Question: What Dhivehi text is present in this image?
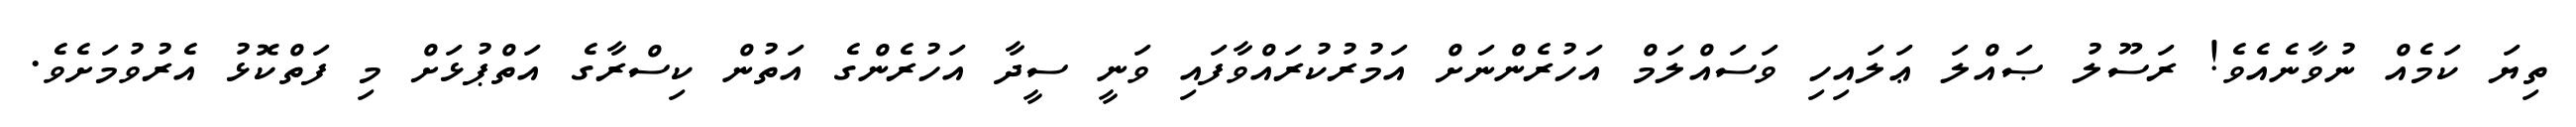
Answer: ތިޔަ ކަމެއް ނުވާނެއެވެ! ރަސޫލު ޞައްލަ ޢަލައިހި ވަސައްލަމް އަހުރެންނަށް އަމުރުކުރައްވާފައި ވަނީ ސީދާ އަހުރެންގެ އަތުން ކިސްރާގެ އަތްޕުޅަށް މި ފަތްކޮޅު އެރުވުމަށެވެ.